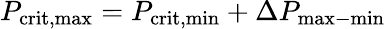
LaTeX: P_{\mathrm{crit,max}}=P_{\mathrm{crit,min}}+\Delta P_{\mathrm{max-min}}